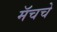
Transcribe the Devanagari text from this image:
मॅचचे